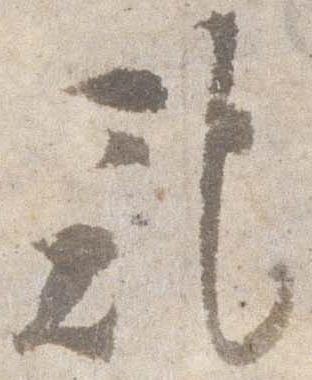
記